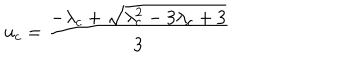
u _ { c } = \frac { - \lambda _ { c } + \sqrt { \lambda _ { c } ^ { 2 } - 3 \lambda _ { c } + 3 } } { 3 }